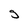
Character: g